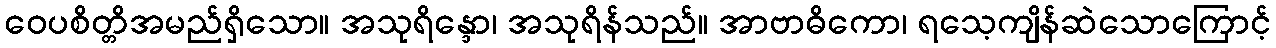
ဝေပစိတ္တိအမည်ရှိသော။ အသုရိန္ဒော၊ အသုရိန်သည်။ အာဗာဓိကော၊ ရသေ့ကျိန်ဆဲသောကြောင့်